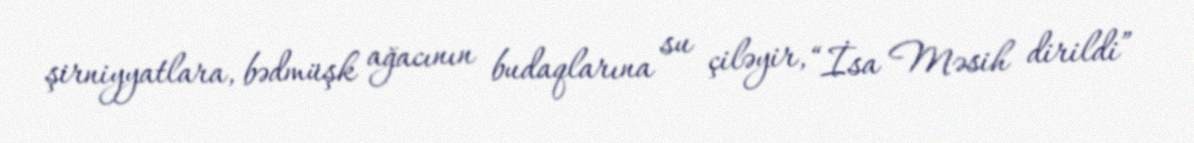
şirniyyatlara, bədmüşk ağacının budaqlarına su çiləyir, “İsa Məsih dirildi”